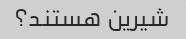
شیرین هستند؟